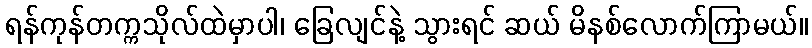
ရန်ကုန်တက္ကသိုလ်ထဲမှာပါ၊ ခြေလျင်နဲ့ သွားရင် ဆယ် မိနစ်လောက်ကြာမယ်။